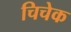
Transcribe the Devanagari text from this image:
चिचेक